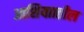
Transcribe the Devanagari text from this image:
आशियाातील